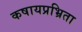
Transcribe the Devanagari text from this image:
कषायप्रभ्रिता